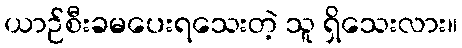
ယာဉ်စီးခမပေးရသေးတဲ့ သူ ရှိသေးလား။